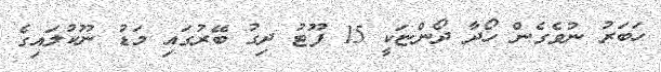
ހަބަރު ނުވެގެން ހޯދާ ދޯންޏަކީ 15 ފޫޓު ދިގު ބޭރުގައި މަޑު ނޫކުލައިގެ